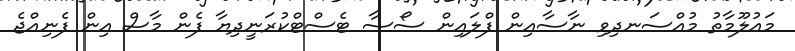
މައުލޫމާތު މުއްސަނދިވި ނާސާއިން ފްލައިން ސޯސާ ޓެސްޓްކުރަނީދިޔާ ފެން މާސް އިން ފެނިއްޖެ